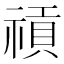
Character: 𥛌